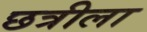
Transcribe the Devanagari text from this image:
छत्रीला